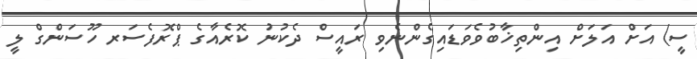
ސީ) އަށް އަލަށް އިންތިޚާބުވެވަޑައިގެންނެވި ރައީސް ދެކުނު ކޮރެއާގެ ޕްރޮފެސަރ ހޫސަންގް ލީ